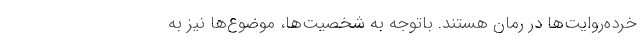
خرده‌روايت‌ها در رمان هستند. باتوجه ‌به شخصيت‌ها، موضوع‌ها نيز به